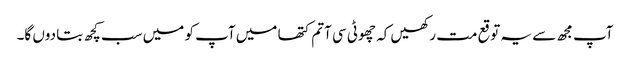
آپ مجھ سے یہ توقع مت رکھیں کہ چھوٹی سی آتم کتھا میں آپ کو میں سب کچھ بتا دوں گا۔